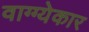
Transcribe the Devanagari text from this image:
वाग्ग्येकार